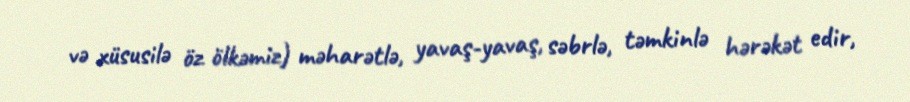
və xüsusilə öz ölkəmiz) məharətlə, yavaş-yavaş, səbrlə, təmkinlə hərəkət edir,